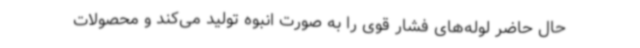
حال حاضر لوله‌های فشار قوی را به صورت انبوه تولید می‌کند و محصولات